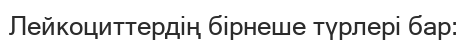
Лейкоциттердің бірнеше түрлері бар: